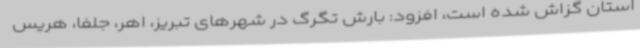
استان گزاش شده است، افزود: بارش تگرگ در شهرهای تبریز، اهر، جلفا، هریس